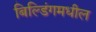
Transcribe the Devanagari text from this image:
बिल्डिंगमधील